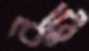
বুটে